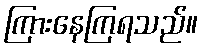
ကြားနေကြရသည်။